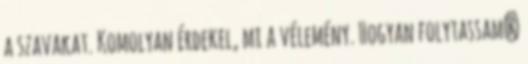
a szavakat. Komolyan érdekel, mi a vélemény. Hogyan folytassam?